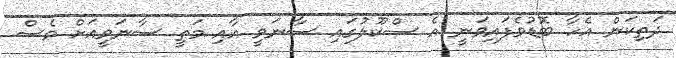
ދަތިކަން އެހާ ބޮޑުވެފައިވަނީ އެ ސްކޫލުގައި ސާނަވީ އާއި މަތީ ސާނަވީއަށް ވެސް